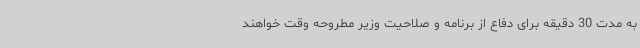
به مدت 30 دقیقه برای دفاع از برنامه و صلاحیت وزیر مطروحه وقت خواهند